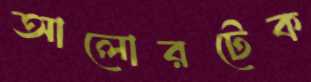
আলোরটেক